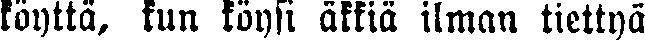
köyttä, kun köysi äkkiä ilman tiettyä